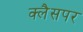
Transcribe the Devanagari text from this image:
क्लैसपर